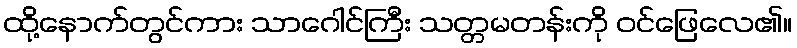
ထို့နောက်တွင်ကား သာဂေါင်ကြီး သတ္တမတန်းကို ဝင်ဖြေလေ၏။